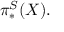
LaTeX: \pi _ { * } ^ { S } ( X ) .